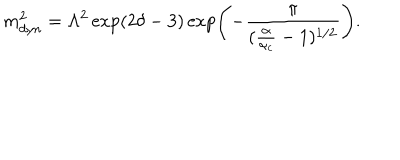
m _ { d y n } ^ { 2 } = \Lambda ^ { 2 } \exp ( 2 \delta - 3 ) \exp \left( - \frac { \pi } { ( \frac { \alpha } { \alpha _ { c } } - 1 ) ^ { 1 / 2 } } \right) .